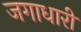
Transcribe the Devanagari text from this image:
जगाधारी